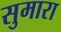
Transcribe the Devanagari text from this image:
सुमारा